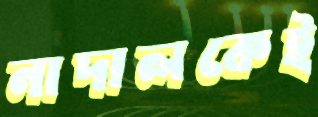
নাদালকেই